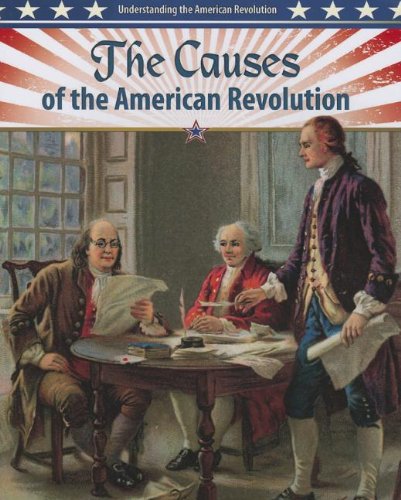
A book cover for The Causes of the American Revolution (Understanding the American Revolution (Crabtree)); John Perritano; Children's Books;